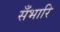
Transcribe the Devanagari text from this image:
सँभारि